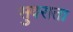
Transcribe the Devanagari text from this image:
सुवराता